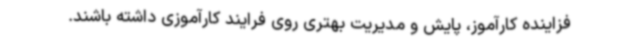
فزاینده کارآموز، پایش و مدیریت بهتری روی فرایند کارآموزی داشته باشند.